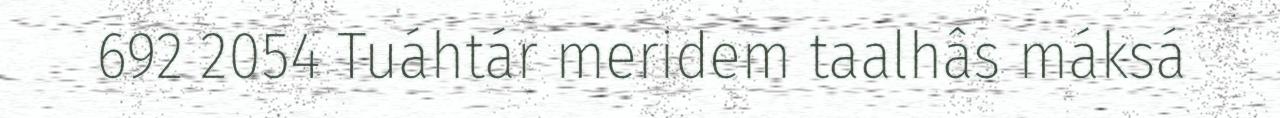
692 2054 Tuáhtár meridem taalhâs máksá